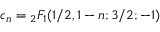
c _ { n } = { } _ { 2 } F _ { 1 } ( 1 / 2 , 1 - n ; 3 / 2 ; - 1 )